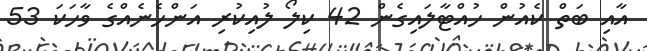
އާއި ބަތް ކެއުން ހުއްޓާލައިގެން 42 ކިލޯ ލުއިކުރި އަންހެނެއްގެ ވާހަކަ 53